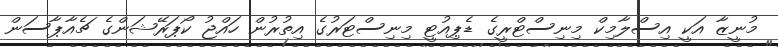
މުނީޒާ އަކީ އިސްލާމިކް މިނިސްޓްރީގެ ޑެޕިއުޓީ މިނިސްޓަރުގެ އިތުރުން ހައްޖު ކޯޕަރޭޝަންގެ ޗެއާޕާސަން